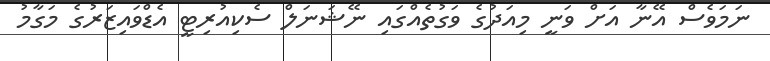
ނަމަވެސް އޭނާ އަށް ވަނީ މިއަދުގެ ވަގުތެއްގައި ނޭޝަނަލް ސެކިއުރިޓީ އެޑްވައިޒަރުގެ މަގާމު